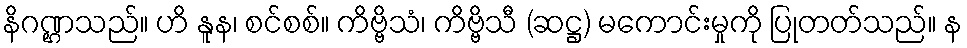
နိဂဏ္ဌသည်။ ဟိ နူန၊ စင်စစ်။ ကိဗ္ဗိသံ၊ ကိဗ္ဗိသီ (ဆဋ္ဌ) မကောင်းမှုကို ပြုတတ်သည်။ န